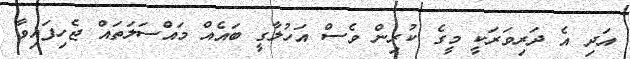
އަދި އެ ދަރިވަރަކީ މީގެ ކުރިން ވެސް އަހުލާގީ ބައެއް މައްސަލަތައް ޖެހިފައިވާ